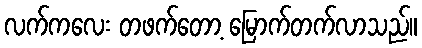
လက်ကလေး တဖက်တော့ မြောက်တက်လာသည်။